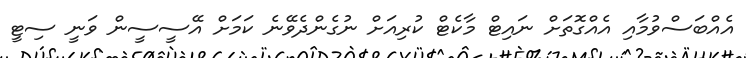
އެއްބަސްވުމާއި އެއްގޮތަށް ނައިޓް މާކެޓް ކުރިއަށް ނުގެންދެވޭނެ ކަަަމަށް އޭސީސީން ވަނީ ސިޓީ